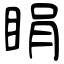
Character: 睊